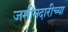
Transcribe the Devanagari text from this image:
जमीनदारीच्या